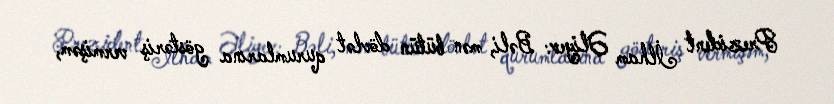
Prezident İlham Əliyev: Bəli, mən bütün dövlət qurumlarına göstəriş vermişəm,